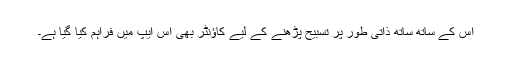
اس کے ساتھ ساتھ ذاتی طور پر تسبیح پڑھنے کے لیے کاؤنٹر بھی اس ایپ میں فراہم کیا گیا ہے۔